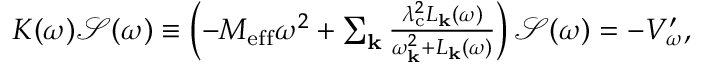
\begin{array} { r } { K ( \omega ) \mathcal { S } ( \omega ) \equiv \left( - M _ { \mathrm { e f f } } \omega ^ { 2 } + \sum _ { \mathbf { k } } \frac { \lambda _ { \mathrm { c } } ^ { 2 } L _ { \mathbf { k } } ( \omega ) } { \omega _ { \mathbf { k } } ^ { 2 } + L _ { \mathbf { k } } ( \omega ) } \right) \mathcal { S } ( \omega ) = - V _ { \omega } ^ { \prime } , } \end{array}